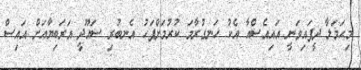
މިޙަމަލާ ދީފައިވަނީ އައިއެސްއާ އެކު ހަނގުރާމަ ކުރުމަށްފަހު އެނބުރި ސައޫދީ އަރަބިޔާއަށް އައިސް